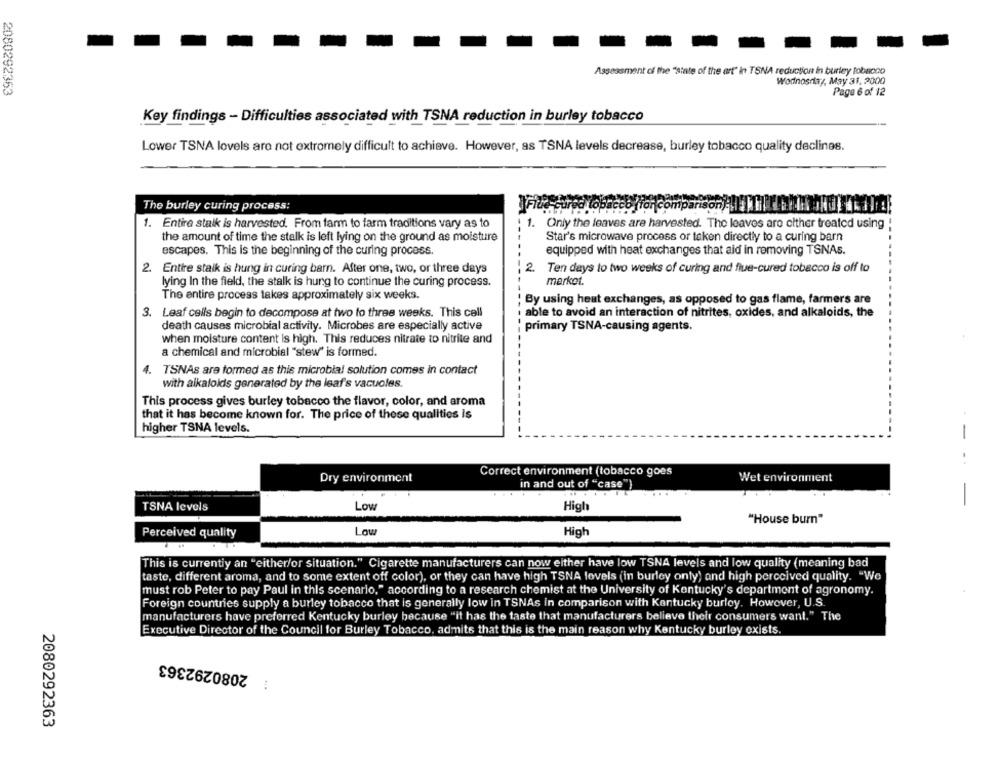
Assessment of the "state of the art" in TSNA reduction in burley tobacco
Wodnosday, May 31, 2000
2080292363
Page 6 of 12
Key findings - Difficulties associated with TSNA reduction in burley tobacco
Lower TSNA lovels are not extremely difficult to achieve. However, as TSNA levels decrease, burley tobacco quality declines.
The burley curing process:
comparison): 1 0 :
1. Entire stalk is harvested. From farm to farm traditions vary as to
1. Only the leaves are harvested. The leaves are olther treated using
Star's microwave process or token directly to a curing barn
the amount of time the stalk is left lying on the ground as moisture
escapes. This is the beginning of the curing process.
equipped with heat exchanges that aid in removing TSNAs.
2.
Entire stalk is hung in curing barn. After one, two, or three days
2. Ten days to two weeks of curing and flue-cured tobacco is off to
market.
lying In the field, the stalk is hung to continue the curing process.
The entire process takes approximately six weeks.
By using heat exchanges, as opposed to gas flame, farmers are
able to avoid an interaction of nitrites, oxides, and alkaloids, the
3. Leaf cells begin to decompose at two to three weeks. This cell
death causes microbial activity. Microbes are especially active
primary TSNA-causing agents.
when moisture content is high. This reduces nitrate to nitrite and
a chemical and microbial "stew" is formed.
4. TSNAs are formed as this microbial solution comes in contact
with alkalolds generated by the leaf's vacuoles.
This process gives burley tobacco the flavor, color, and aroma
that it has become known for. The price of these qualities is
higher TSNA levels.
-
Correct environment (tobacco goes
Dry environment
Wet environment
in and out of "case")
TSNA levels
Low
High
"House burn"
Perceived quality
Low
High
This is currently an "either/or situation." Cigarette manufacturers can now either have low TSNA levels and low quality (meaning bad
taste, different aroma, and to some extent off color), or they can have high TSNA lovels (in burley only) and high perceived quality. "We
must rob Peter to pay Paul in this scenario," according to a research chemist at the University of Kentucky's department of agronomy.
Foreign countries supply a burley tobacco that is generally low in TSNAs in comparison with Kentucky burley. However, U.S.
manufacturers have preferred Kentucky burley because "it has the taste that manufacturers believe their consumers want." The
Executive Director of the Council for Burley Tobacco, admits that this is the main reason why Kentucky burloy exists
: 2080292363
2080292363